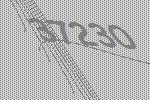
37230